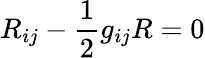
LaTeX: R_{ij}-{\frac{1}{2}}g_{ij}R=0